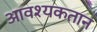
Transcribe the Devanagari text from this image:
आवश्यकतान